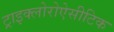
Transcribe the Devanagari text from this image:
ट्राइक्लोरोऐसीटिक